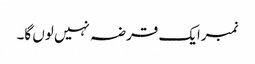
نمبرایک قرضہ نہیں لوں گا۔